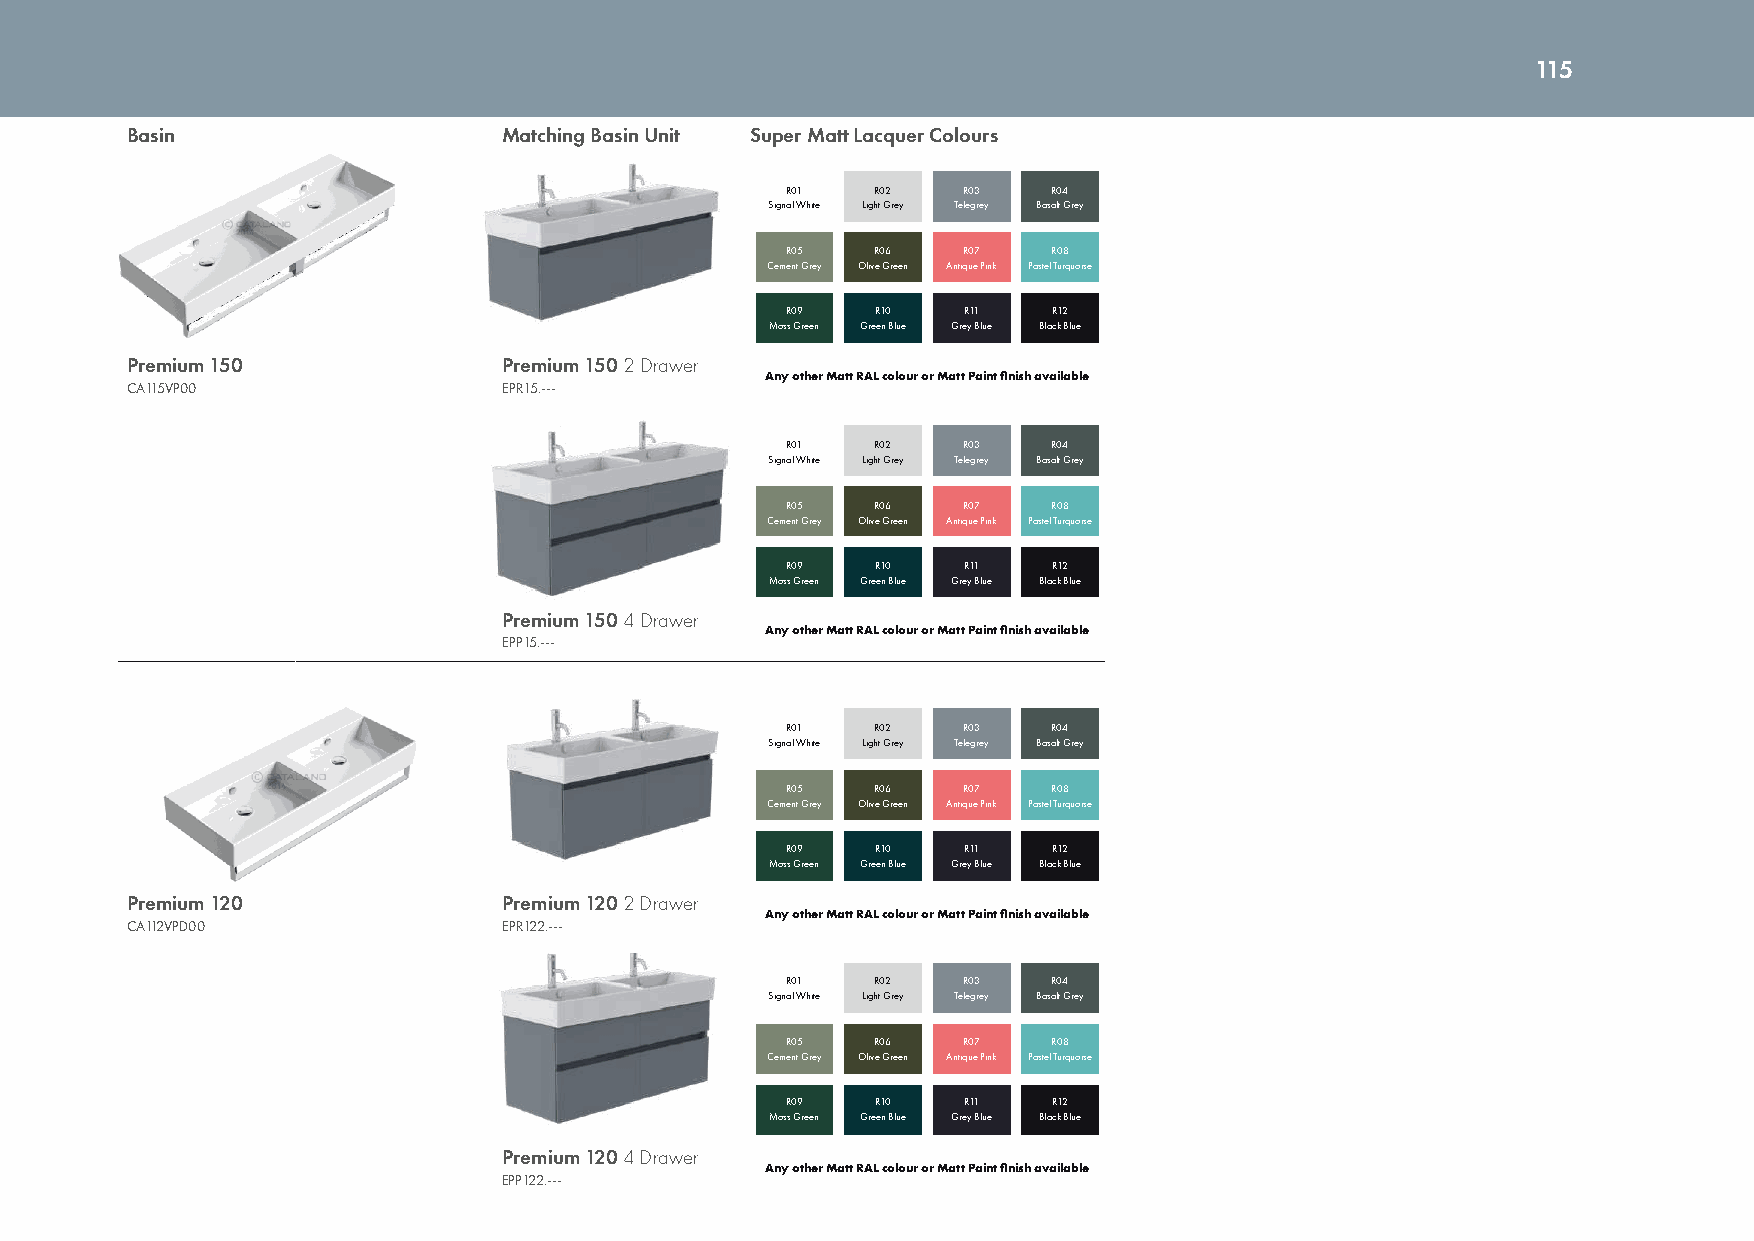
115
 Basin                    Matching Basin Unit Super Matt Lacquer Colours
 R01   R02   R03   R04
 Signal White Light Grey Telegrey Basalt Grey
 R05   R06   R07   R08
 Cement Grey Olive Green Antique Pink Pastel Turquoise
 R09   R10   R11   R12
 Moss Green Green Blue Grey Blue Black Blue
 Premium 150              Premium 150 2 Drawer
 Any other Matt RAL colour or Matt Paint finish available
 CA115VP00                EPR15.---
 R01   R02   R03   R04
 Signal White Light Grey Telegrey Basalt Grey
 R05   R06   R07   R08
 Cement Grey Olive Green Antique Pink Pastel Turquoise
 R09   R10   R11   R12
 Moss Green Green Blue Grey Blue Black Blue
 Premium 150 4 Drawer
 Any other Matt RAL colour or Matt Paint finish available
 EPP15.---
 R01   R02   R03   R04
 Signal White Light Grey Telegrey Basalt Grey
 R05   R06   R07   R08
 Cement Grey Olive Green Antique Pink Pastel Turquoise
 R09   R10   R11   R12
 Moss Green Green Blue Grey Blue Black Blue
 Premium 120              Premium 120 2 Drawer
 Any other Matt RAL colour or Matt Paint finish available
 CA112VPD00               EPR122.---
 R01   R02   R03   R04
 Signal White Light Grey Telegrey Basalt Grey
 R05   R06   R07   R08
 Cement Grey Olive Green Antique Pink Pastel Turquoise
 R09   R10   R11   R12
 Moss Green Green Blue Grey Blue Black Blue
 Premium 120 4 Drawer
 Any other Matt RAL colour or Matt Paint finish available
 EPP122.---